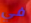
في